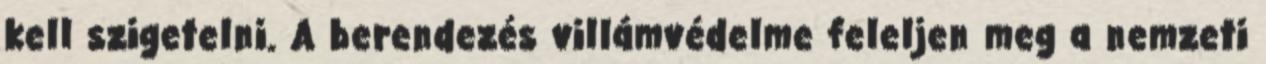
kell szigetelni. A berendezés villámvédelme feleljen meg a nemzeti